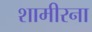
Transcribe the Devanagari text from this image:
शामीरना